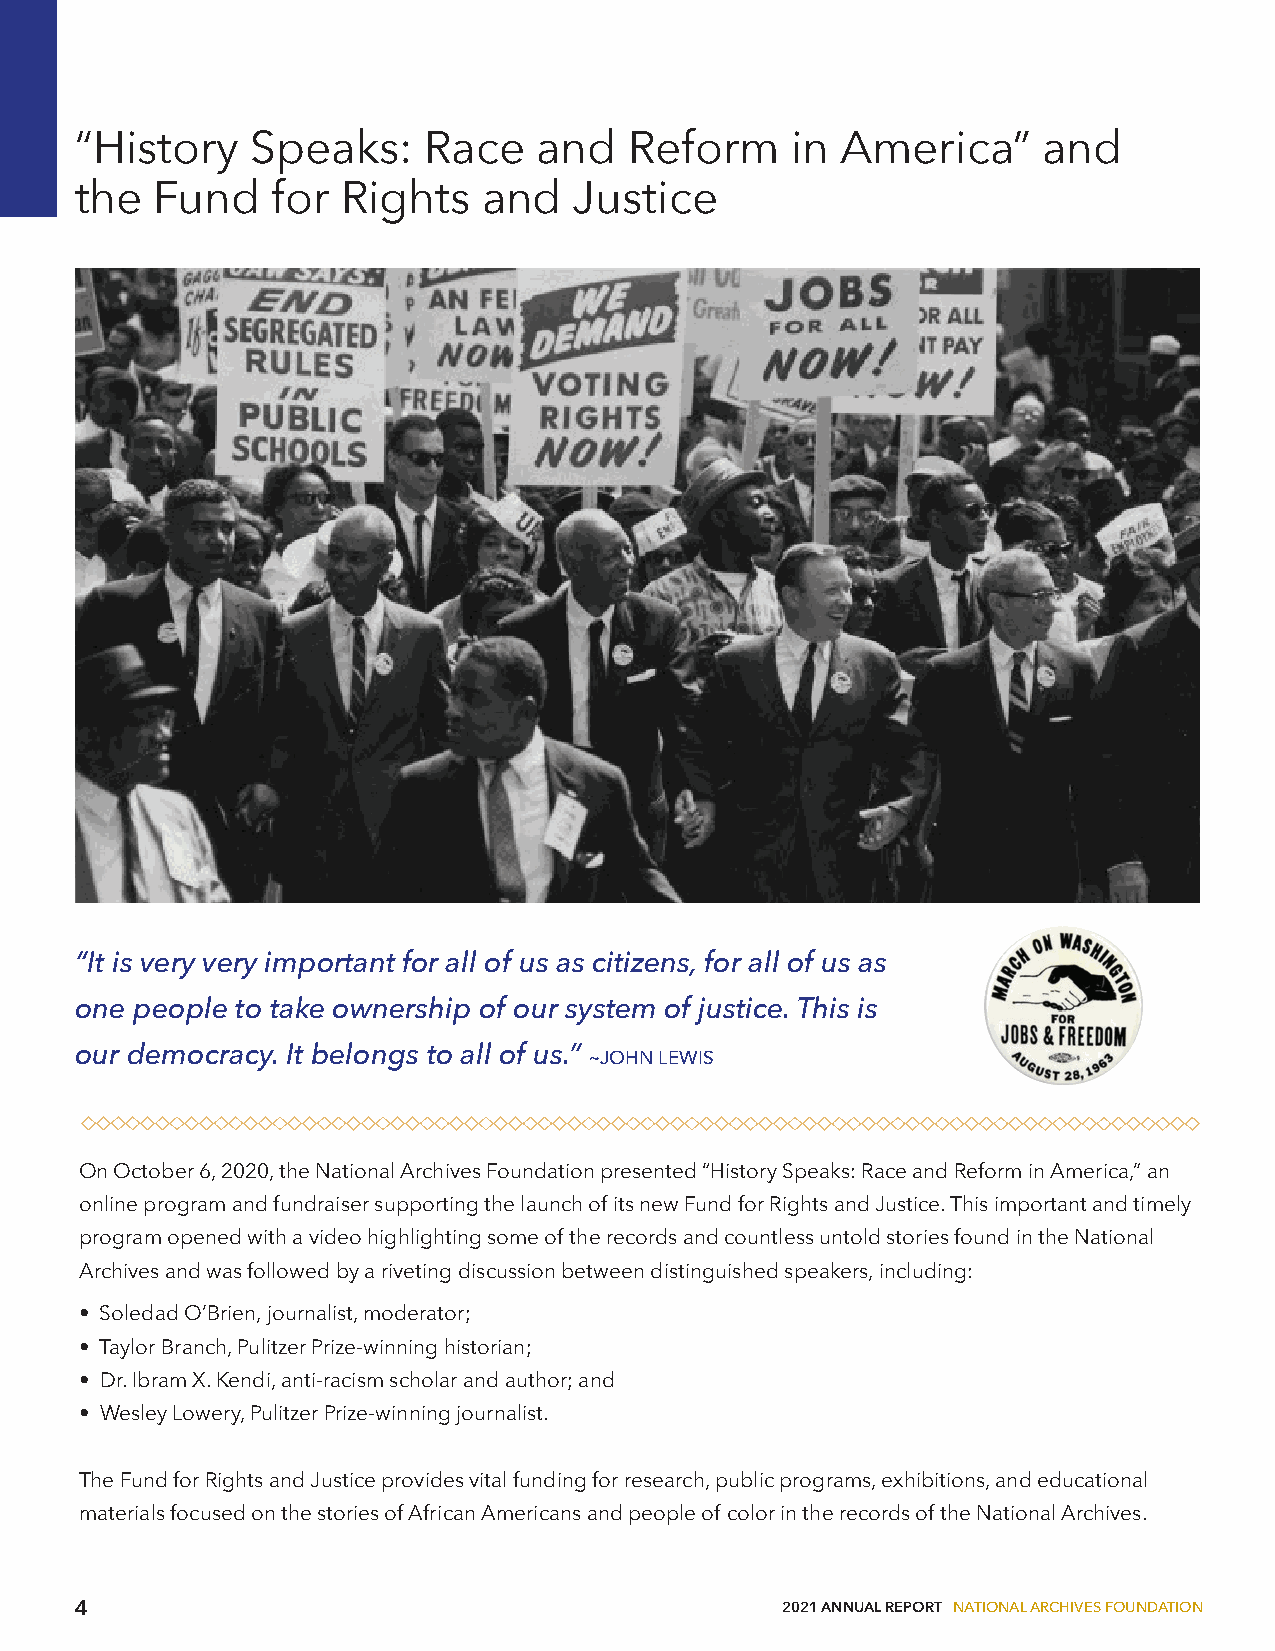
“History    Speaks:    Race    and   Reform    in  America”     and
 the  Fund    for  Rights   and   Justice
 “It is very very important for all of us as citizens, for all of us as
 one people to take ownership of our system of justice. This is
 our democracy. It belongs to all of us.” ~JOHN LEWIS
 On October 6, 2020, the National Archives Foundation presented “History Speaks: Race and Reform in America,” an
 online program and fundraiser supporting the launch of its new Fund for Rights and Justice. This important and timely
 program opened with a video highlighting some of the records and countless untold stories found in the National
 Archives and was followed by a riveting discussion between distinguished speakers, including:
 • Soledad O’Brien, journalist, moderator;
 • Taylor Branch, Pulitzer Prize-winning historian;
 • Dr. Ibram X. Kendi, anti-racism scholar and author; and
 • Wesley Lowery, Pulitzer Prize-winning journalist.
 The Fund for Rights and Justice provides vital funding for research, public programs, exhibitions, and educational
 materials focused on the stories of African Americans and people of color in the records of the National Archives.
 4                                              2021 ANNUAL REPORT NATIONAL ARCHIVES FOUNDATION